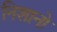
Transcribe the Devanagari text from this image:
निशानो